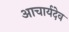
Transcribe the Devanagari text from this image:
आचार्यदेव